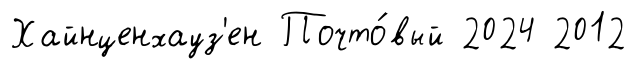
Хайнценхауз'ен Почто́вый 2024 2012